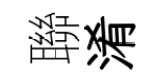
聯淆